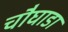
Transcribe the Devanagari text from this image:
चौघाडा